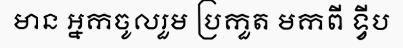
មាន អ្នកចូលរួម ប្រកួត មកពី ទ្វីប